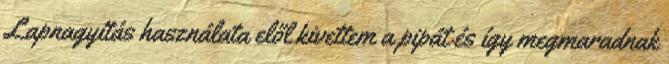
Lapnagyítás használata elől kivettem a pipát és így megmaradnak